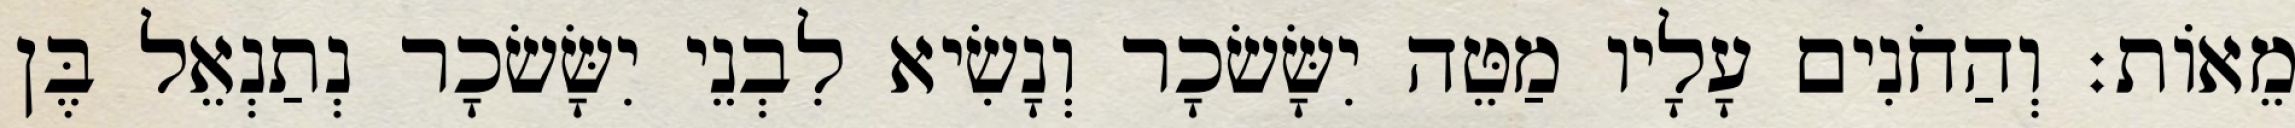
מֵאוֹת׃ וְהַחֹנִים עָלָיו מַטֵּה יִשָּׂשׂכָר וְנָשִׂיא לִבְנֵי יִשָּׂשׂכָר נְתַנְאֵל בֶּן